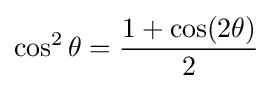
\cos ^{2}\theta ={\frac {1+\cos(2\theta )}{2}}